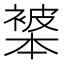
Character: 𬡩